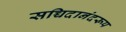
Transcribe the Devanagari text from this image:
सच्चिदानंदरूप